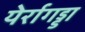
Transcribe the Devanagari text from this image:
येर्रागड्डा